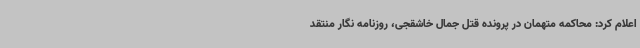
اعلام کرد: محاکمه متهمان در پرونده قتل جمال خاشقجی، روزنامه نگار منتقد